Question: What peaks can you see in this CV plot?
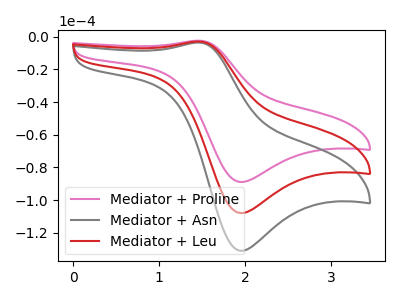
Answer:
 <answer>The pink curve "Mediator + Proline" has an anodic peak at (1.45V, -2.40uA) and a cathodic peak at (1.95V, -88.90uA). The gray curve "Mediator + Asn" has an anodic peak at (1.45V, -5.85uA) and a cathodic peak at (1.95V, -215.85uA). The red curve "Mediator + Leu" has an anodic peak at (1.45V, -2.90uA) and a cathodic peak at (1.95V, -107.90uA).</answer>
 <eval></eval>